Vaccination in Bombay 1889-1901 - 1889-1901
Year: 1889
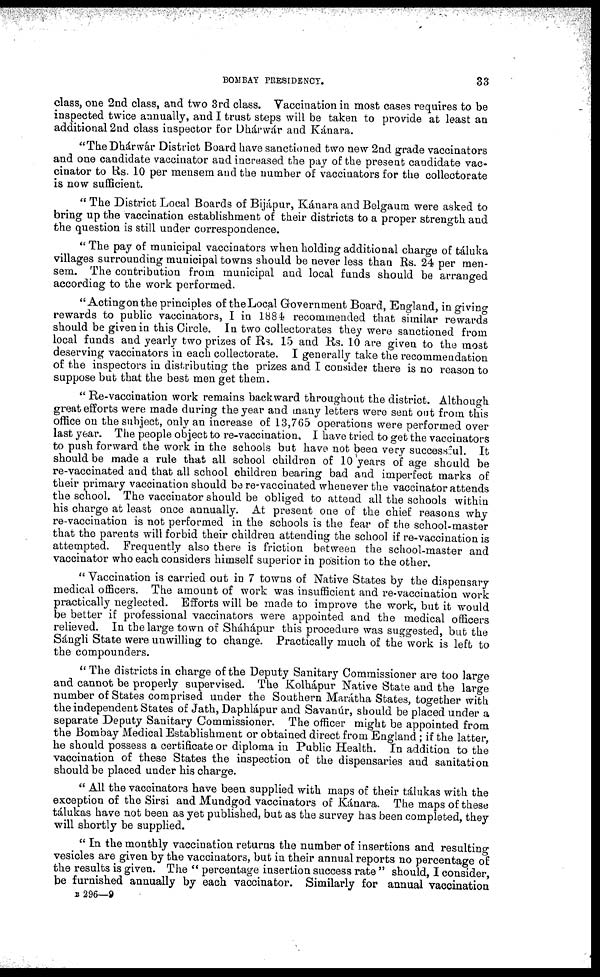
BOMBAY PRESIDENCY.
33
class, one 2nd class, and two 3rd class. Vaccination in most cases requires to be
inspected twice annually, and I trust steps will be taken to provide at least an
additional 2nd class inspector for Dhárwár and Kánara.
"The Dhárwár District Board have sanctioned two new 2nd grade vaccinators
and one candidate vaccinator and increased the pay of the present candidate vac¬
cinator to Rs. 10 per mensem and the number of vaccinators for the collectorate
is now sufficient.
" The District Local Boards of Bijápur, Kánara and Belgaum were asked to
bring up the vaccination establishment of their districts to a proper strength and
the question is still under correspondence.
" The pay of municipal vaccinators when holding additional charge of táluka
villages surrounding municipal towns should be never less than Rs. 24 per men-
sem. The contribution from municipal and local funds should be arranged
according to the work performed.
"Acting on the principles of the Local Government Board, England, in giving
rewards to public vaccinators, I in 1884 recommended that similar rewards
should be given in this Circle. In two collectorates they were sanctioned from
local funds and yearly two prizes of Rs. 15 and Rs. 10 are given to the most
deserving vaccinators in each collectorate. I generally take the recommendation
of the inspectors in distributing the prizes and I consider there is no reason to
suppose but that the best men get them.
" Re-vaccination work remains backward throughout the district. Although
great efforts were made during the year and many letters were sent out from this
office on the subject, only an increase of 13,765 operations were performed over
last year. The people object to re-vaccination. I have tried to get the vaccinators
to push forward the work in the schools but have not been very successful. It
should be made a rule that all school children of 10 years of age should be
re-vaccinated and that all school children bearing bad and imperfect marks of
their primary vaccination should be re-vaccinated whenever the vaccinator attends
the school. The vaccinator should be obliged to attend all the schools within
his charge at least once annually. At present one of the chief reasons why
re-vaccination is not performed in the schools is the fear of the school-master
that the parents will forbid their children attending the school if re-vaccination is
attempted. Frequently also there is friction between the school-master and
vaccinator who each considers himself superior in position to the other.
" Vaccination is carried out in 7 towns of Native States by the dispensary
medical officers. The amount of work was insufficient and re-vaccination work
practically neglected. Efforts will be made to improve the work, but it would
be better if professional vaccinators were appointed and the medical officers
relieved. In the large town of Sháhápur this procedure was suggested, but the
Sángli State were unwilling to change. Practically much of the work is left to
the compounders.
" The districts in charge of the Deputy Sanitary Commissioner are too large
and cannot be properly supervised. The Kolhápur Native State and the large
number of States comprised under the Southern Marátha States, together with
the independent States of Jath, Daphlápur and Savanúr, should be placed under a
separate Deputy Sanitary Commissioner. The officer might be appointed from
the Bombay Medical Establishment or obtained direct from England; if the latter,
he should possess a certificate or diploma in Public Health. In addition to the
vaccination of these States the inspection of the dispensaries and sanitation
should be placed under his charge.
" All the vaccinators have been supplied with maps of their tálukas with the
exception of the Sirsi and Mundgod vaccinators of Kánara. The maps of these
tálukas have not been as yet published, but as the survey has been completed, they
will shortly be supplied.
" In the monthly vaccination returns the number of insertions and resulting
vesicles are given by the vaccinators, but in their annual reports no percentage of
the results is given. The " percentage insertion success rate " should, I consider,
be furnished annually by each vaccinator. Similarly for annual vaccination
B 296—9